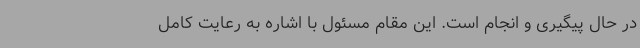
در حال پیگیری و انجام است. این مقام مسئول با اشاره به رعایت کامل